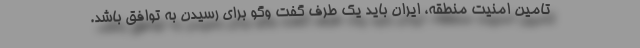
تامین امنیت منطقه، ایران باید یک طرف گفت وگو برای رسیدن به توافق باشد.